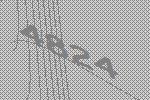
4824